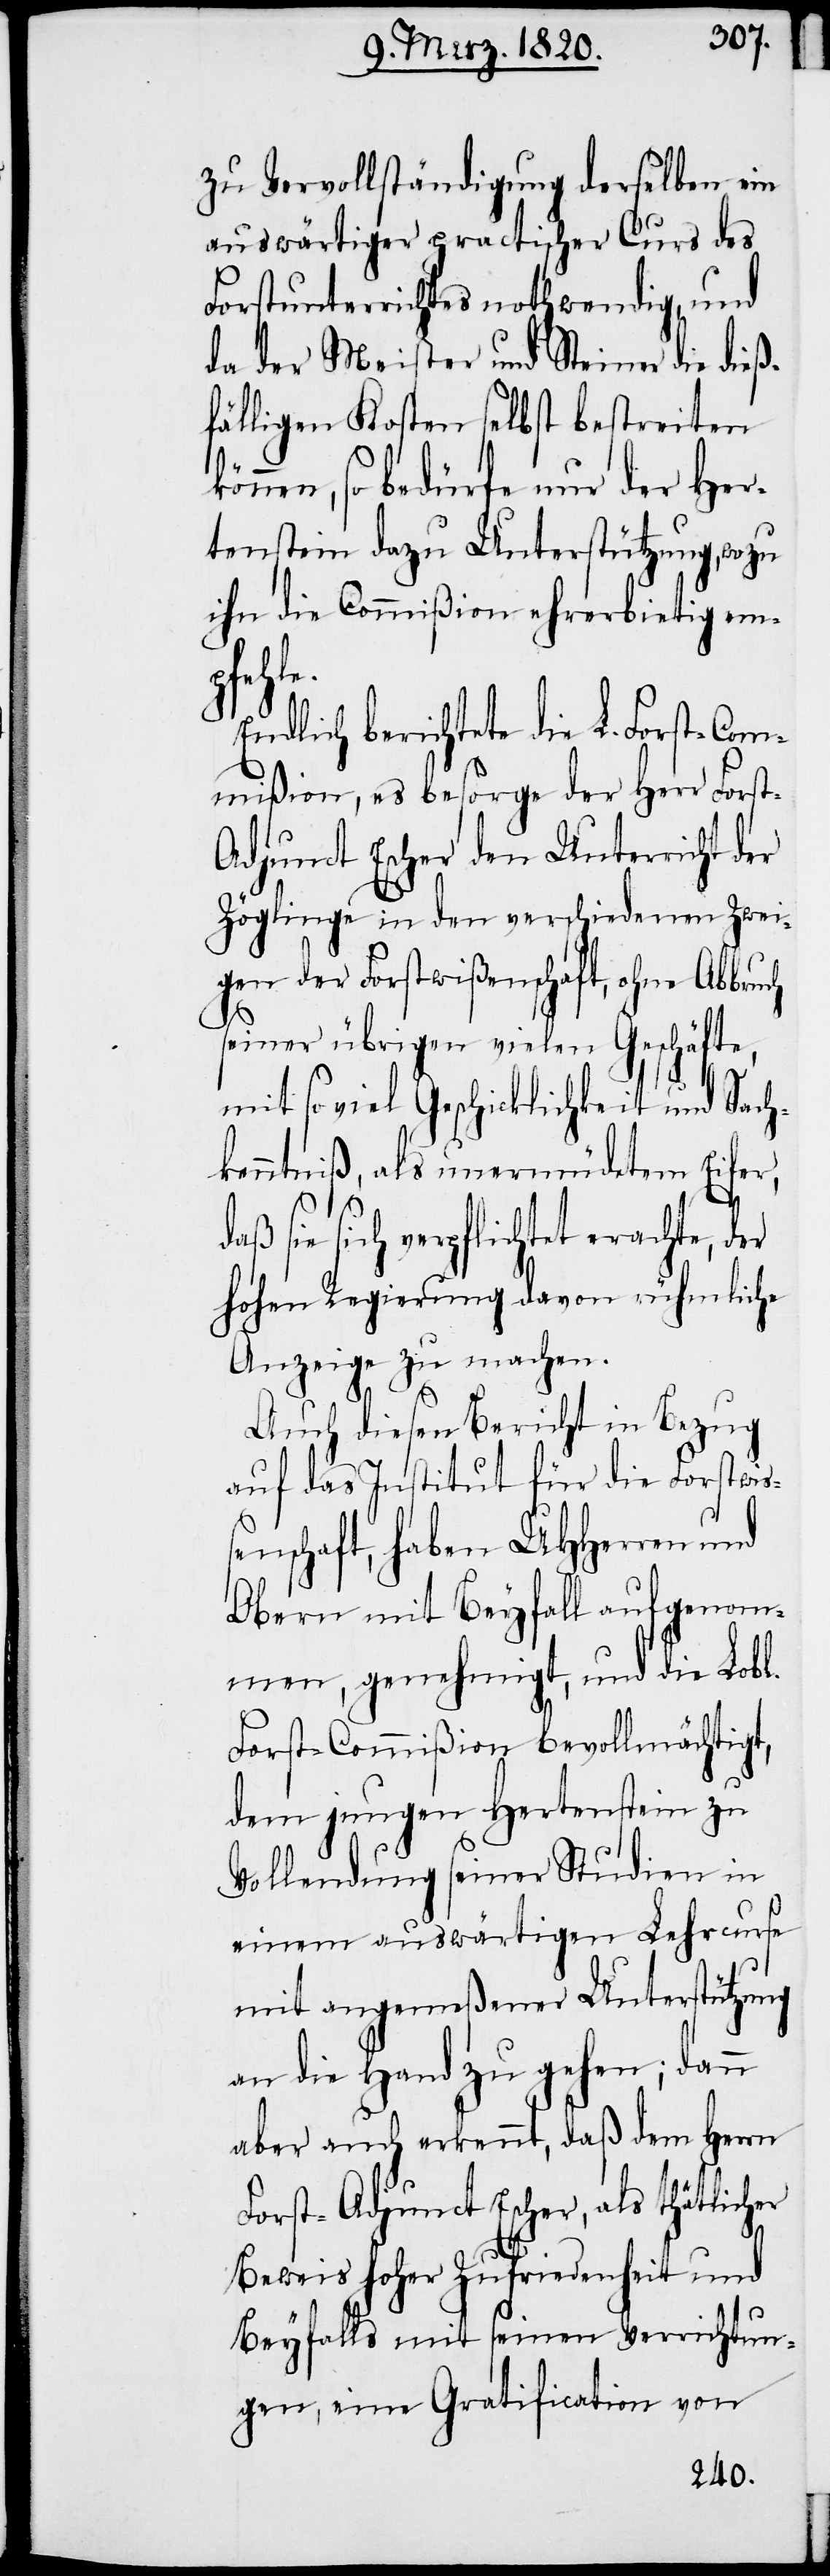
zu Vervollständigung derselben ein
auswärtiger practischer Curs des
Forstunterrichtes nothwendig, und
da der Meister und Steiner die dieß¬
fälligen Kosten selbst bestreiten
r,
können, so bedürfe nur der Her¬
tenstein dazu Unterstützung, wozu
ihn die Commißion ehrerbietig emp¬
ruch
Endlich berichtete die L. Forst-Com¬
mißion, es besorge der Herr Fors¬
t-Adjunct Escher den Unterricht der
Zöglinge in den verschiedenen Zwei¬
gen der Forstwißenschaft, ohne Abb¬
seiner übrigen vielen Geschäfte,
mit so viel Geschicklichkeit und Sac¬
kenntniß, als unermüdetem Eife¬
sie sich verpflichtet erachte,
hohen Regierung davon rühmliche
Anzeige zu machen.
Auch diesen Bericht in Bezug
auf das Institut für die Forstwiß¬
enschaft, haben UHHerren und
genom¬
Obern mit Beyfall auf¬
men, genehmigt, und die Lobl.
Forst-Commißion bevollmächtigt,
dem jungen Hertenstein zu
Vollendung seiner Studien in
einem auswärtigen Lehrcurse
mit angemeßener Unterstützung
an die Hand zu gehen; dann
aber auch erkennt, daß dem Herrn
Forst-Adjunct Escher, als thätlicher
Beweis hoher Zufriedenheit und
Beyfalls mit seinen Verrichtun¬
gen, eine Gratification von